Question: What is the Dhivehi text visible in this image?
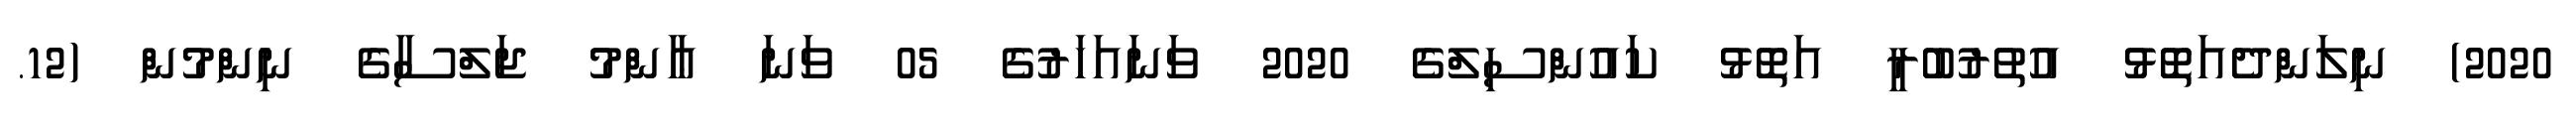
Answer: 2020) ނިލަންދެއަތޮޅު އުތުރުބުރީ އަތޮޅު ކައުންސިލްގެ 2020 ވަނައަހަރުގެ 05 ވަނަ ޢާންމު ޖަލްސާގެ ނިންމުން (12.